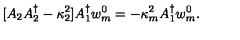
[ A _ { 2 } A _ { 2 } ^ { \dagger } - \kappa _ { 2 } ^ { 2 } ] A _ { 1 } ^ { \dagger } w _ { m } ^ { 0 } = - \kappa _ { m } ^ { 2 } A _ { 1 } ^ { \dagger } w _ { m } ^ { 0 } .